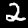
Digit: 2